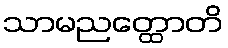
သာမညတ္ထောတိ